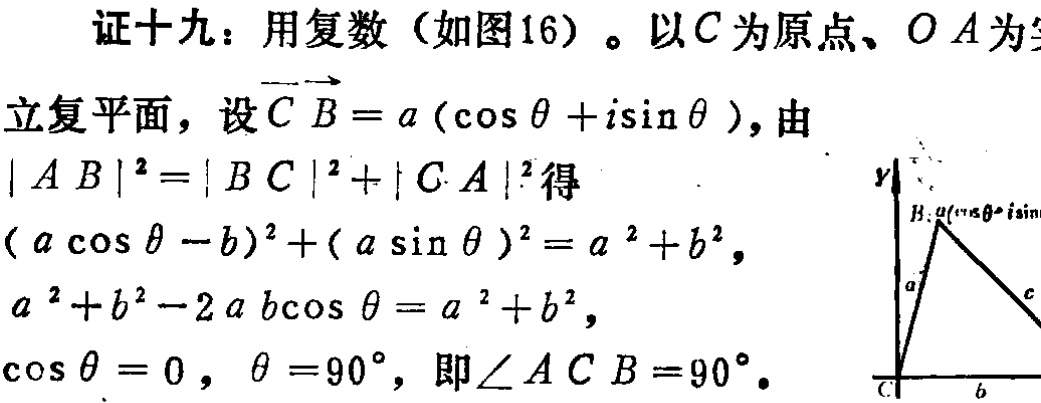
证十九：用复数（如图16）。以\(C\)为原点、\(OA\)为

立复平面，设\(\overrightarrow{CB}=a(\cos\theta +i\sin\theta)\)，由

\(\vert AB\vert^{2}=\vert BC\vert^{2}+\vert CA\vert^{2}\)得

\((a\cos\theta - b)^{2}+(a\sin\theta)^{2}=a^{2}+b^{2}\)，

\(a^{2}+b^{2}-2ab\cos\theta=a^{2}+b^{2}\)，

\(\cos\theta = 0\)，\(\theta = 90^{\circ}\)，即\(\angle ACB = 90^{\circ}\)。